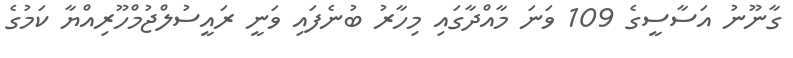
ގާނޫނު އަސާސީގެ 109 ވަނަ މާއްދާގައި މިހާރު ބުނެފައި ވަނީ ރައީސުލްޖުމްހޫރިއްޔާ ކަމުގެ